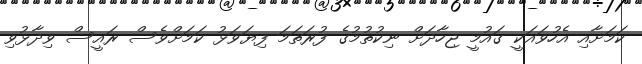
ކަމަށާއި އެހުވައަކީ ގައުމީ ޖިހާދަށް ނިކުތުމުގެ ފުރަތަމަ ފިޔަވަޅު ކަމަށްވެސް ރައީސް ވިދާޅުވި